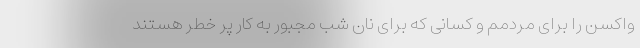
واکسن را برای مردمم و کسانی که برای نان شب مجبور به کار پر خطر هستند